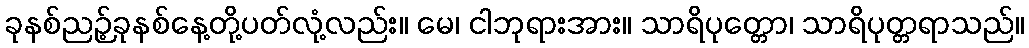
ခုနစ်ညဉ့်ခုနစ်နေ့တို့ပတ်လုံ့လည်း။ မေ၊ ငါဘုရားအား။ သာရိပုတ္တော၊ သာရိပုတ္တရာသည်။